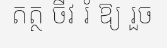
តត្ថ ចីវ រំ ឱ្យ រួច